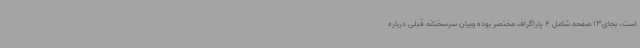
است، بجای13 صفحه شامل 4 پاراگراف مختصر بوده وبیان سرسختانه قبلی درباره